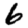
Digit: 6